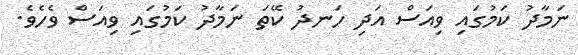
ނަމާދު ކަމުގައި ވިއަސް އަދި ހަނދު ކޭތަ ނަމާދު ކަމުގައި ވިއަސް ވެހެވެ.